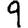
Digit: 9